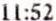
11:52